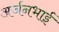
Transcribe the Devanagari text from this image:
अर्जनभाई